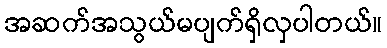
အဆက်အသွယ်မပျက်ရှိလှပါတယ်။